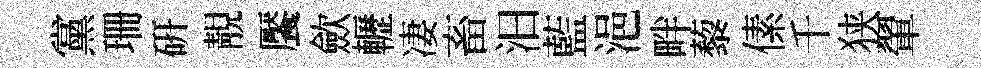
黨珊研靚饜歛轣凄畜汩藍浥畔藜傃千狭翬